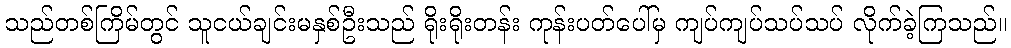
သည်တစ်ကြိမ်တွင် သူငယ်ချင်းမနှစ်ဦးသည် ရိုးရိုးတန်း ကုန်းပတ်ပေါ်မှ ကျပ်ကျပ်သပ်သပ် လိုက်ခဲ့ကြသည်။